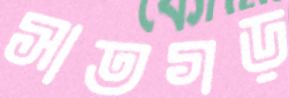
সাতগড়